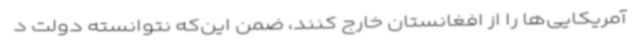
آمریکایی‌ها را از افغانستان خارج کنند، ضمن این‌که نتوانسته دولت د